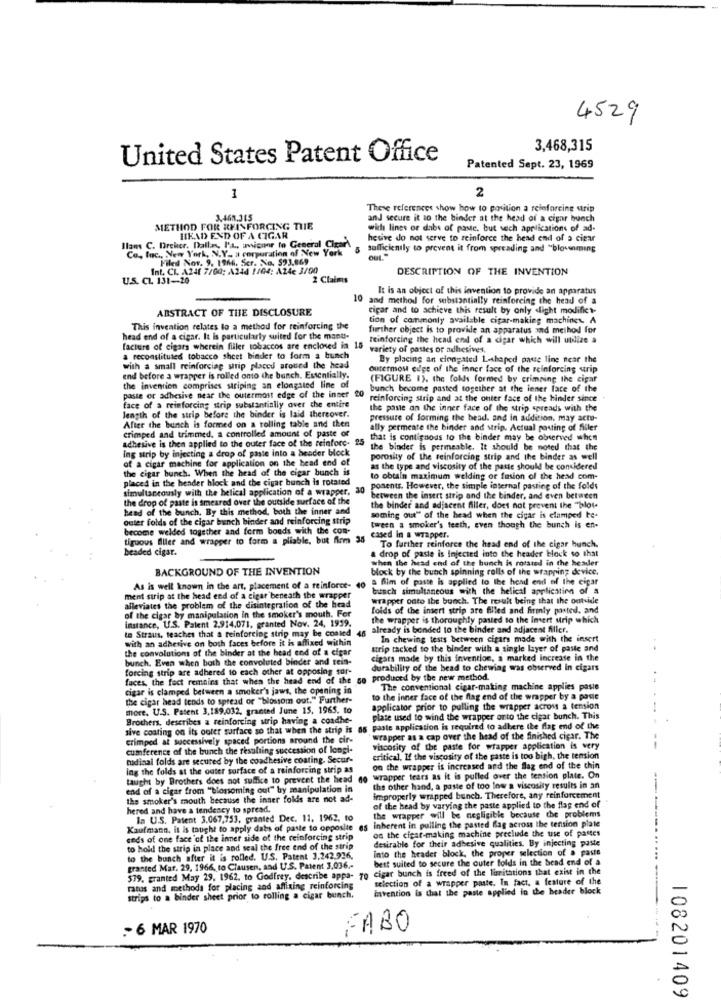
4529
3,468,315
United States Patent Office
Patented Sept. 23, 1969
2
1
These references show how to position a reinforcing strip
3.469.315
and secure it to the binder at the head of a cigar hunch
METHOD FOR REINFORCING THE
with lines or dabs of paste, but sech applications of ad-
HEAD END OF A CIGAR
hesive do not serve to reinforce the head end of a cigar
Ilans C. Dreher. Dallas, I'L, uvicoor to General ClearA
Inc ., New York, N.Y- a corporation of New York
sufficiently to prevent it from spreading and "blowenming
Filed Nor. 9. 1966. Ser. No. 593.869
OUL
Int. CL. A24E 7/00: A244 1104: A24e 3/00
DESCRIPTION OF THE INVENTION
U.S. CL. 131-20
2 Claims
It is an object of this invention to provide an apparatus
10 and method for substantially reinforcing the head of a
ABSTRACT OF THE DISCLOSURE
cigar and to achieve this result by only dight modific ?-
tion of commonly available cigar-making machines. A
This invention relates to a method for reinforcing the
further object is to provide an apparatus and method for
head end of a cigar. It is particularly suited for the manu-
reinforcing the head end of a cigar which will utilize a
facture of cigars wherein filler tobaccos are enclosed in 15
variety of passes or adhesives,
a reconstituted tobacco sheet binder to form a bunch
By placing an ciongated L-shaped paste ling near the
with a small reinforcing strip places around the head
Outermost edge of the inner face of the reinforcing strip
end before a wrapper is rolled onto the bunch. Essentially.
(FIGURE 1). the folls formed by crimning the cigar
the invention comprises striping an elongated line of
20
bunch become pasted together at the inner face of the
paste or adhesive near the outermost edge of the inner
reinforcing strip and at the outer face of the hinder since
length of the strip before the binder is laid thereover.
face of a reinforcing strip substantially over the entire
the paste an the inner face of the strip spreads with the
pressure of forming the bead, and in addition. may actu-
crimped and trimmed, a controlled amount of paste of
After the bunch is formed on a rolling table and then
ally permeate the hinder and strip. Actual posting of filler
adhesive is then applied to the outer face of the reinforc-
that is contiguous to the binder may be observed when
ing strip by injecting a drop of paste into a header block
the binder is permeable. It should be noted that the
of a cigar machine for application on the head end of
porosity of the reinforcing strip and the binder as well
the cigar bunch. When the head of the cigar bunch is
as the type and viscosity of the paste should be considered
placed in the hender block and the cigar bunch is rotated
to obtain maximum welding or fusion of the head com-
simultaneously with the helical application of a wrapper.
30
ponents. However, the simple internal pasting of the folds
the drop of paste is smeared over the outside surface of the
between the insert strip and the binder, and even between
head of the bunch. By this method, both the inner and
the binder and adjacent filler, does not prevent the "blot-
outer folds of the cigar bunch binder and reinforcing strip
soming out" of the head when the cigar is clamped be-
become welded together and form bouds with the com-
tween a smoker's teeth, even though the bunch is en-
tiguous fliler and wrapper to form a pliable, but firm 35
cased in a wrapper.
ed cigar.
To further reinforce the head end of the cigar hunch.
drop of paste is Injected into the header block so that
when the head end of the bunch is rotated in the header
BACKGROUND OF THE INVENTION
block by the bunch spinning rolls of the wrapping device.
& Aim of poste is applied to the head end of the cigar
As is well known in the art, placement of a reinforce-
busch simultaneous with the helical application of a
ment strip at the head end of a cigar beneath the wrappe
wrapper onto ibe bunch. The result being that the outside
alleviates the problem of the disintegration of the head
of the cigar by manipulation in the smoker's mouth. For
folds of the insert strip are filled and firmly posted. and
instance, U.S. Patent 2.914.071, granted Nov. 24, 1959.
the wrapper is thoroughly pasted to the Imert strip which
to Straus, teaches that a reinforcing strip may be conted
46
already is bonded to the binder and adjacent filler.
with an adhesive on both faces before it is affixed within
In chewing tests between cigars made with the insert
the convolutions of the binder at the head end of a cigar
trip tacked to the binder with a single layer of paste and
bunch. Even when both the convoluted binder and rein-
cigars made by this invention, a marked increase in the
forcing strip are adhered to each other at opposing sur-
durability of the head to chewing was observed in cigars
faces, the fect remains that when the head end of the
50 produced by the new method.
cigar is clamped between a smoker's jaws, the opening in
The conventional cigar-making machine applies pasie
the cigar head tends to spread or "blossom out." Further-
to the inner face of the flag end of the wrapper by a pasle
more. U.S. Patent 3,189,032, granted June 15, 1965. to
applicator prior to pulling the wrapper across a tension
Brothers, describes a reinforcing strip having a coadhe-
plate used to wind the wrapper onto the cigar bunch. This
sive coating on its outer surface so that when the strip is as paste application is required to adhere the flag end of the
crimped at successively spaced portions around the cir-
wrapper as a cap over the head of the finished cigar. The
cumference of the bunch the resulting succession of longi-
viscosity of the paste for wrapper application is very
tudinal folds are secured by the coadhesive coating. Secur-
critical. If the viscosity of the paste is too bigh, the tension
ing the folds at the outer surface of a reinforcing strip as
on the wrapper is increased and the flag end of the chin
taught by Brothers does not suffice to prevent the head do wrapper tears as it is pulled over the tension plate. On
end of a cigar from "blossoming out" by manipulation in
the other hand, a paste of too low a viscosity results in an
the smoker's mouth because the inner folds are not ad-
improperly wrapped bunch. Therefore, any reinforcement
hered and have a tendency to spread.
the wrapper will be negligible because the problems
of the head by varying the paste applied to the flag end of
In U.S. Patent 3.067,753, granted Dec. 11. 1962. to
inherent in pulling the pasted flag across the tension plate
Kaufmann, it is tought to apply dabs of paste to opposite
on the cigar-making machine preclude the use of pantes
ends of one face 'ct the inner side of the reinforcing strip
desirable for their adhesive qualities. By injecting paste
to hold the strip in place and seal the free end of the strip
into the header block, the proper selection of a paste
to the bunch after it is rolled. U.S. Patent 3,242.936,
best suited to secure the outer folds in the head end of a
granted Mar. 29, 1966, to Clausen, and U.S. Patent 3.036 .-
cigar bunch is freed of the limitations that exist in the
579, granted May 29. 1962. to Godfrey, describe appa- 70
selection of a wrapper paste. In fact, a feature of the
ratus and methods for placing and affixing reinforcing
invention is that the paste applied in the header block
a binder sheet prior to rolling a cigar bunch.
- 6 MAR 1970
CABO
108201409